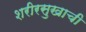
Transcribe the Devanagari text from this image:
शरीरसुखाची